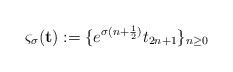
\begin{align*}\varsigma_\sigma({\bf t}):=\{e^{\sigma(n+\frac{1}{2})}t_{2n+1}\}_{n\geq 0}\end{align*}